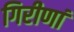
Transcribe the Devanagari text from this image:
गिरीणां